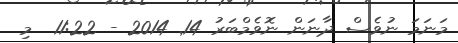
މަނަމަ ނުވެސް ދާނަން ނޮވެމްބަރު 14